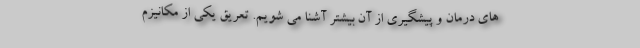
های درمان و پیشگیری از آن بیشتر آشنا می شویم. تعریق یکی از مکانیزم